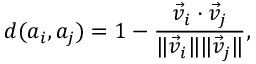
d ( a _ { i } , a _ { j } ) = 1 - \frac { \vec { v } _ { i } \cdot \vec { v } _ { j } } { \| \vec { v } _ { i } \| \| \vec { v } _ { j } \| } ,